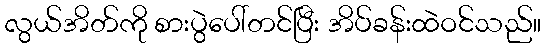
လွယ်အိတ်ကို စားပွဲပေါ်တင်ပြီး အိပ်ခန်းထဲဝင်သည်။